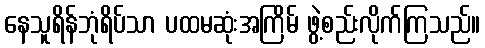
နေသူရိန်ဘုံရိပ်သာ ပထမဆုံးအကြိမ် ဖွဲ့စည်းလိုက်ကြသည်။